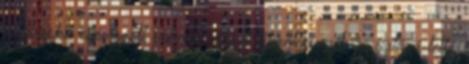
papirosba csomagolt valamit; s azt kibontva nyilván valóvá tette,